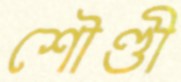
শৌণ্ডী